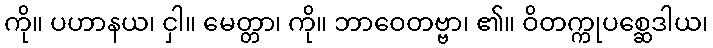
ကို။ ပဟာနယ၊ ငှါ။ မေတ္တာ၊ ကို။ ဘာဝေတဗ္ဗာ၊ ၏။ ဝိတက္ကုပစ္ဆေဒါယ၊